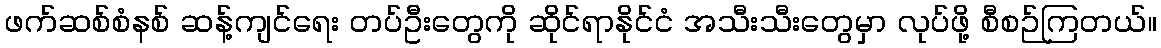
ဖက်ဆစ်စံနစ် ဆန့်ကျင်ရေး တပ်ဦးတွေကို ဆိုင်ရာနိုင်ငံ အသီးသီးတွေမှာ လုပ်ဖို့ စီစဉ်ကြတယ်။